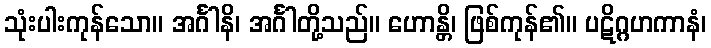
သုံးပါးကုန်သော။ အင်္ဂါနိ၊ အင်္ဂါတို့သည်။ ဟောန္တိ၊ ဖြစ်ကုန်၏။ ပဋိဂ္ဂဟကာနံ၊